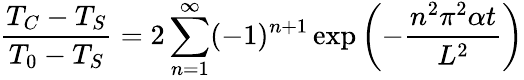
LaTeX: {\frac{T_{C}-T_{S}}{T_{0}-T_{S}}}=2\sum_{n=1}^{\infty}(-1)^{n+1}\exp\left({-{\frac{n^{2}\pi^{2}\alpha t}{L^{2}}}}\right)